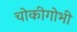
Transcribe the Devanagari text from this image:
चोकीगोभी